Annual report on the Civil Veterinary Department, Burma (including the Insein Veterinary School) - 1923-1931
Year: 1923
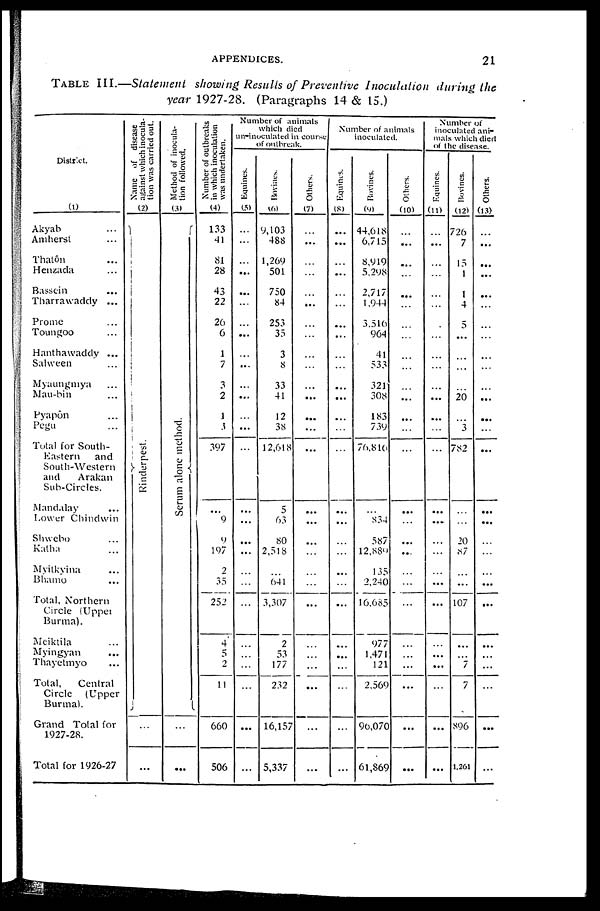
APPENDICES.
21
TABLE III.—Statement showing Results of Preventive Inoculation during the
year 1927-28. (Paragraphs 14 & 15.)
District.
(1)
Akyab ...
Amherst ...
Thatôn ...
Henzada ...
Bassein ...
Tharrawaddy ...
Prome ...
Toungoo ...
Hanthawaddy ...
Salween ...
Myaungmya ...
Mau-bin ...
Pyapôn ...
Pegu ...
Total for South-
Eastern
and
South-Western
and
Arakan
Sub-Circles.
Mandalay ...
Lower Chindwin
Shwebo ...
Katha ...
Myitkyina ...
Bhamo ...
Total, Northern
Circle (Upper
Burma).
Meiktila ...
Myingyan ...
Thayetmyo ...
Total,
Central
Circle
(Upper
Burma).
Grand Total for
1927-28.
Total for 1926-27
Name of disease
against which inocula-
tion was carried out.
(2)
Rinderpest.
...
...
Method of inocula-
tion followed.
(3)
Se r
um alone method.
...
...
Number of outbreaks
in which inoculation
was undertaken.
(4)
133
41
81
28
43
22
26
6
1
7
3
2
1
3
397
...
9
9
197
2
35
252
4
5
2
11
660
506
Number of animals
which died
un-inoculated in course
of outbreak.
Equines.
(5)
...
...
...
...
...
...
...
...
...
...
...
...
...
...
...
...
...
...
...
...
...
...
...
...
...
...
...
...
Bovines.
(6)
9,103
488
1,269
501
750
84
253
35
3
8
33
41
12
38
12,618
5
63
80
2,518
...
641
3,307
2
53
177
232
16,157
5,337
Others.
(7)
...
...
...
...
...
...
...
...
...
...
...
...
...
...
...
...
...
...
...
...
...
...
...
...
...
...
...
...
Number of animals
inoculated.
Equines.
(8)
...
...
...
...
...
...
...
...
...
...
...
...
...
...
...
...
...
...
...
...
...
...
...
...
...
...
...
Bovines.
(9)
44,618
6,715
8,919
5,298
2,717
1,944
3,516
964
41
533
321
308
183
739
76,816
...
834
587
12,889
135
2,240
16,685
977
1,471
121
2,569
96,070
61,869
Others.
(10)
...
...
...
...
...
...
...
...
...
...
...
...
...
...
...
...
...
...
...
...
...
...
...
...
...
...
...
...
Number of
inoculated ani-
mals which died
of the disease.
Equines.
(11)
...
...
...
...
...
...
...
...
...
...
...
...
...
...
...
...
...
...
...
...
...
...
...
...
...
...
...
...
Bovines.
(12)
726
7
15
1
1
4
5
...
...
...
...
20
...
...
782
...
...
20
87
...
...
107
...
...
7
7
896
1,261
Others.
(13)
...
...
...
...
...
...
...
...
...
...
...
...
...
...
...
...
...
...
...
...
...
...
...
...
...
...
...
...